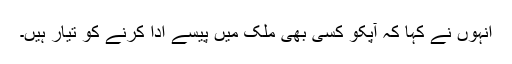
انہوں نے کہا کہ آپکو کسی بھی ملک میں پیسے ادا کرنے کو تیار ہیں۔